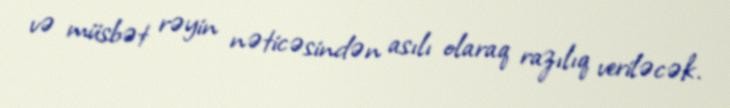
və müsbət rəyin nəticəsindən asılı olaraq razılıq veriləcək.